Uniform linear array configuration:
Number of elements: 64
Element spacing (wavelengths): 0.75
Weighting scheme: hann
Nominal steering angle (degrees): -30
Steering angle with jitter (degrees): -28.428
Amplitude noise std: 0.05
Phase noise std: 0.05

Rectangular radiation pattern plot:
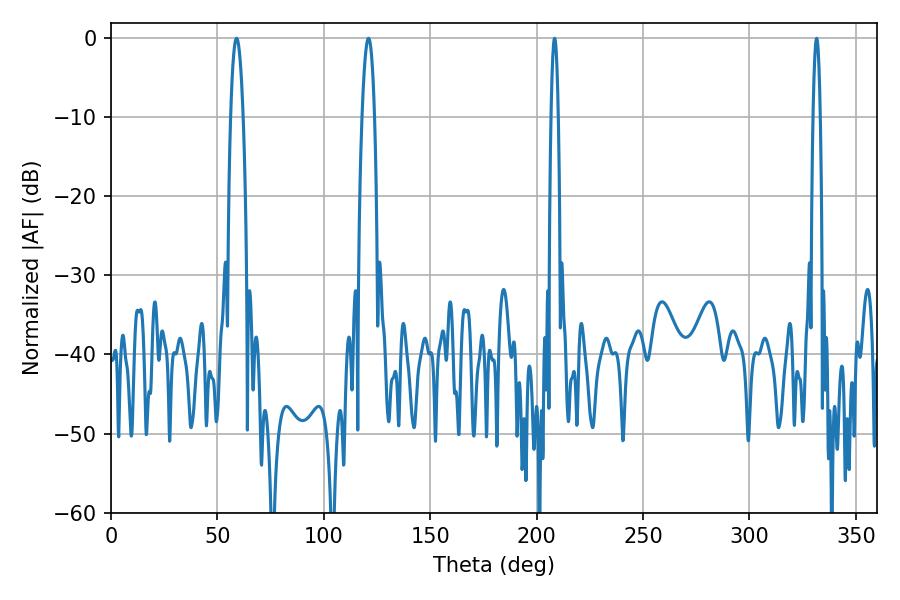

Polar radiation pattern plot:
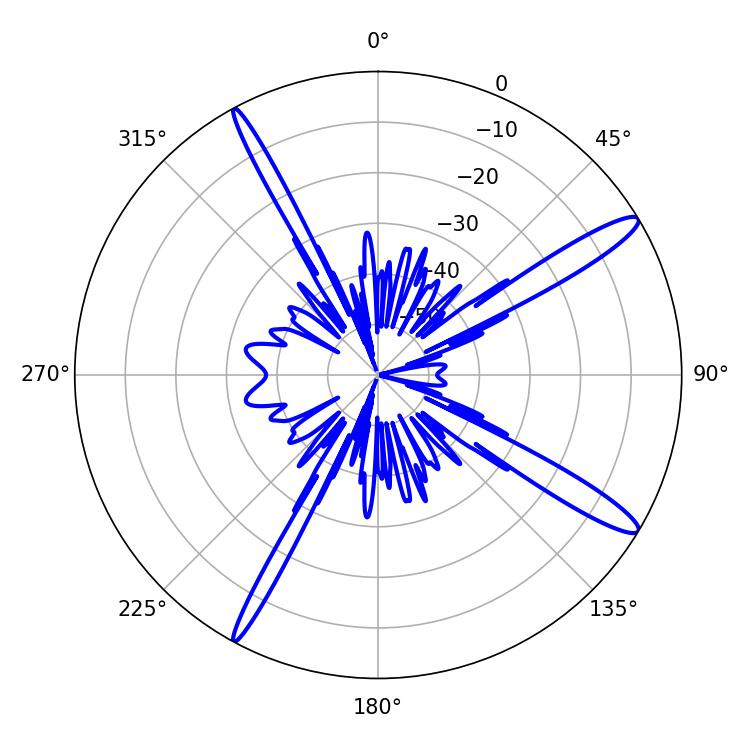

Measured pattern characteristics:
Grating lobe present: TRUE
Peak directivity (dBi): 14.491
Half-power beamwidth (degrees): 1.8
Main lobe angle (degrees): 331.56